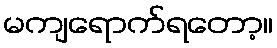
မကျရောက်ရတော့။